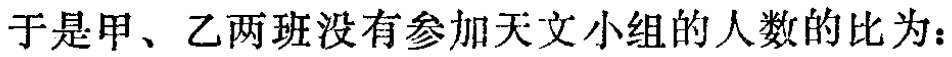
于是甲、乙两班没有参加天文小组的人数的比为：